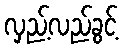
လှည့်လည်ခွင့်